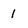
Character: 1